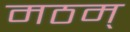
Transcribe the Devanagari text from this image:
मठम्